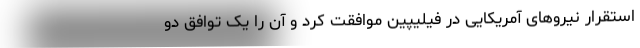
استقرار نیروهای آمریکایی در فیلیپین موافقت کرد و آن را یک توافق دو